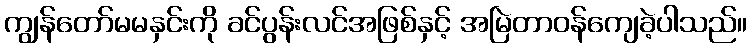
ကျွန်တော်မမနှင်းကို ခင်ပွန်းလင်အဖြစ်နှင့် အမြဲတာဝန်ကျေခဲ့ပါသည်။